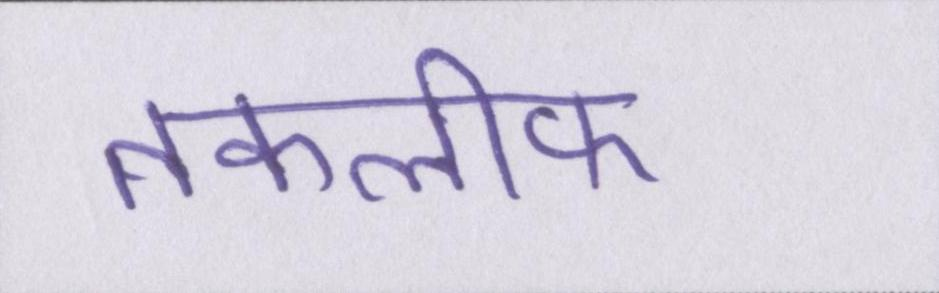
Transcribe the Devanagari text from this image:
तकलीफ